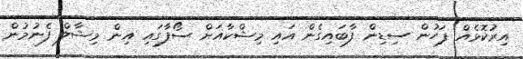
އިރުކޮޅެއް ފަހުން ސިޑިން ފާބައިގެން އައި މިޝްކާއަށް ސޯފާގައި އިން މިޝާލް ފެނުމުން